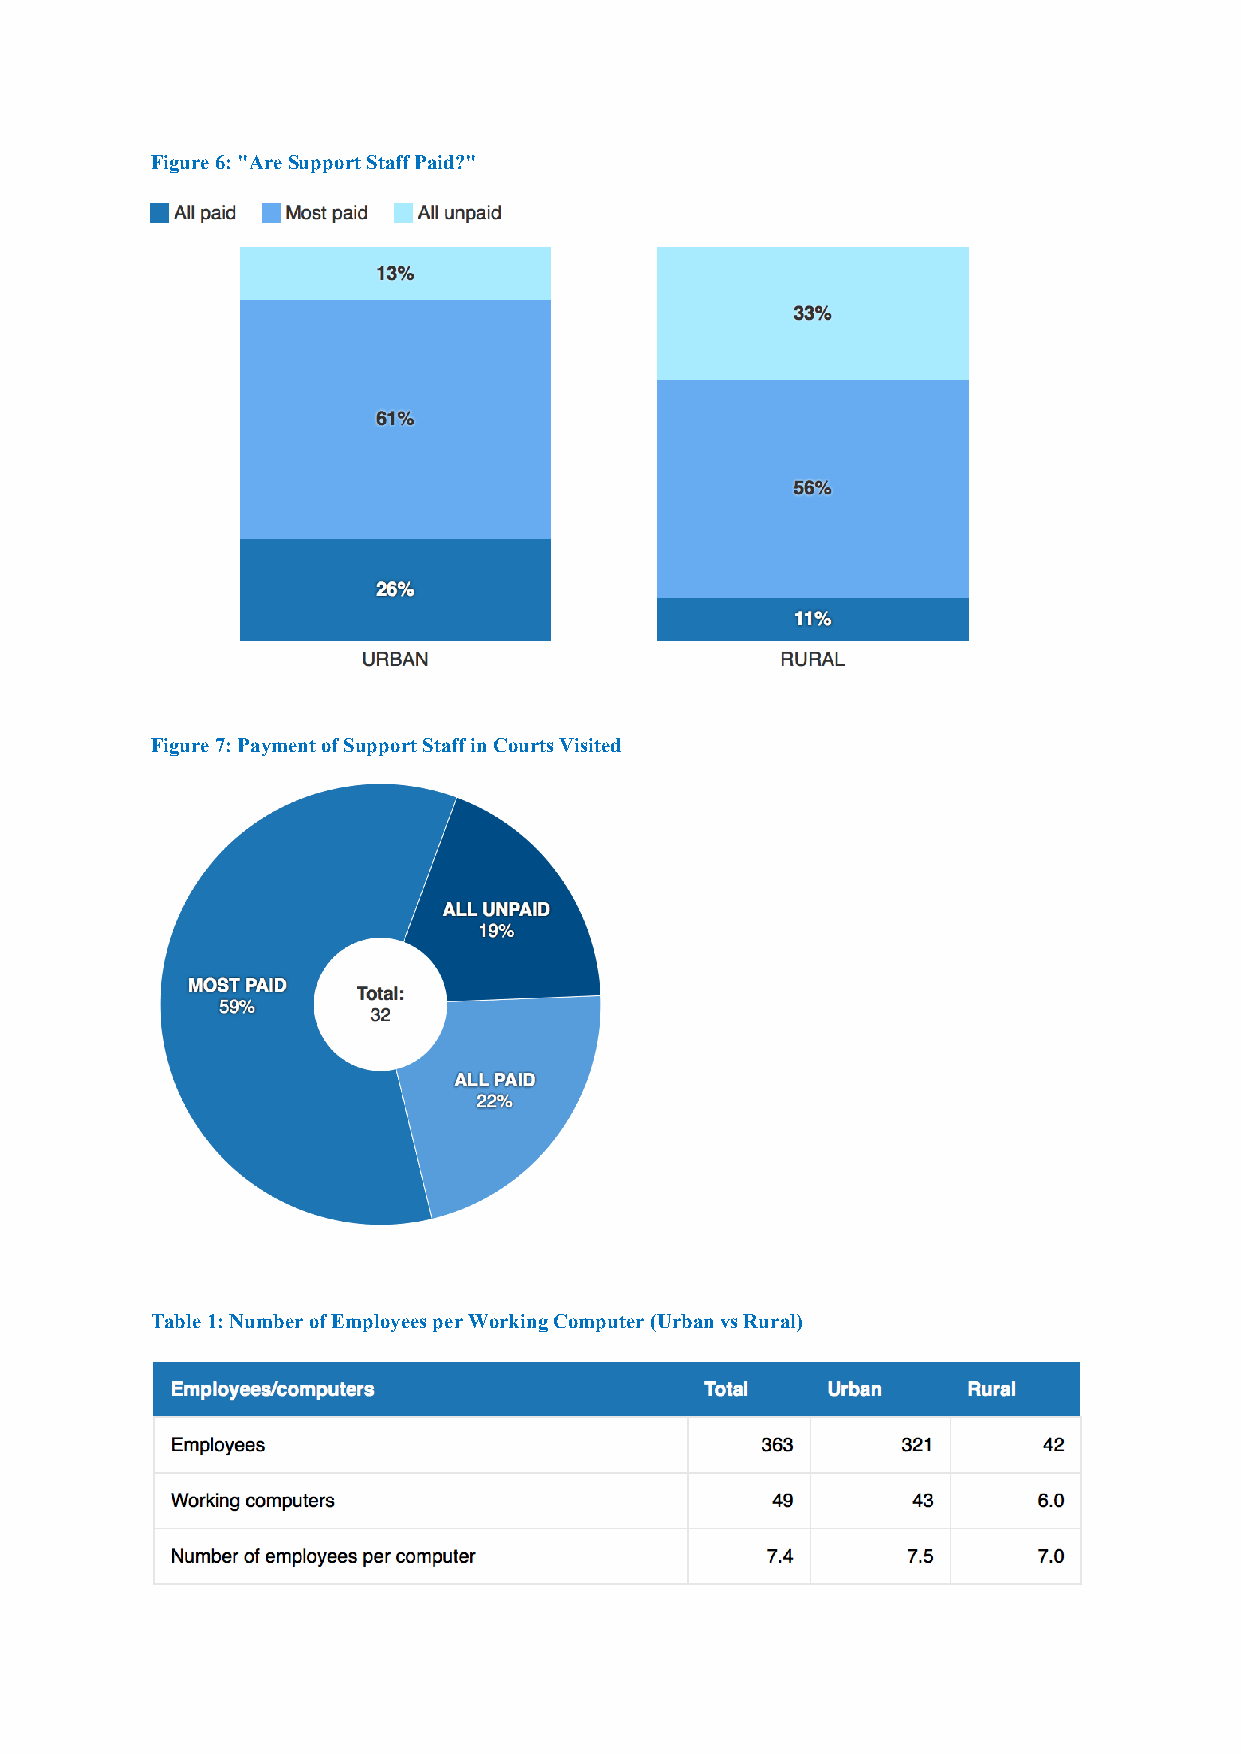
Figure 6: "Are Support Staff Paid?"
 Figure 7: Payment of Support Staff in Courts Visited
 Table 1: Number of Employees per Working Computer (Urban vs Rural)